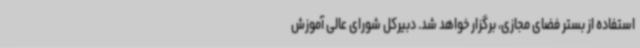
استفاده از بستر فضای مجازی، برگزار خواهد شد. دبیرکل شورای عالی آموزش